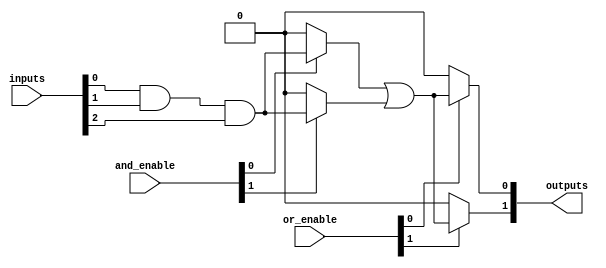
module PLA #(
    parameter NUM_INPUTS = 3,  // Number of inputs (A, B, C, etc.)
    parameter NUM_OUTPUTS = 2,  // Number of outputs (Y1, Y2, etc.)
    parameter NUM_AND_GATES = 4, // Number of AND gates
    parameter NUM_OR_GATES = 2    // Number of OR gates
)(
    input wire [NUM_INPUTS-1:0] inputs,  // Input lines (A, B, C, etc.)
    input wire [NUM_AND_GATES-1:0] and_enable, // Enable signals for AND gates
    input wire [NUM_OR_GATES-1:0] or_enable,   // Enable signals for OR gates
    output wire [NUM_OUTPUTS-1:0] outputs // Output lines (Y1, Y2, etc.)
);

// Internal wires for AND gate outputs
wire [NUM_AND_GATES-1:0] and_outputs;

// AND Plane
genvar i, j;
generate
    for (i = 0; i < NUM_AND_GATES; i = i + 1) begin : and_gate
        // Each AND gate can take inputs and their complements
        assign and_outputs[i] = (and_enable[i]) ? 
            (inputs[0] & inputs[1] & inputs[2]) : 1'b0; // Example logic
    end
endgenerate

// OR Plane
generate
    for (j = 0; j < NUM_OUTPUTS; j = j + 1) begin : or_gate
        // Each OR gate combines outputs from the AND plane
        assign outputs[j] = (or_enable[j]) ? 
            (and_outputs[0] | and_outputs[1]) : 1'b0; // Example logic
    end
endgenerate

endmodule